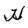
Character: H